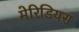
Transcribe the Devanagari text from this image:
मेरिडियस